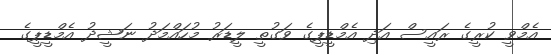
އެމްވީ ކުރީގެ ރައީސް އަދި އެމްޑީޕީގެ ވަގުތީ ލީޑަރު މުހައްމަދު ނަޝީދު އެމްޑީޕީގެ